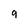
Character: 9